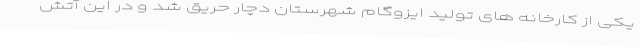
یکی از کارخانه های تولید ایزوگام شهرستان دچار حریق شد و در این آتش